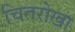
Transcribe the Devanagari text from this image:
चितरोखा